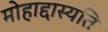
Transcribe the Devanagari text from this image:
मोहाद्दास्यति